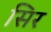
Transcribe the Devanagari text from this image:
सिर